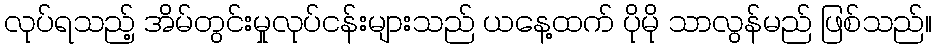
လုပ်ရသည့် အိမ်တွင်းမှုလုပ်ငန်းများသည် ယနေ့ထက် ပိုမို သာလွန်မည် ဖြစ်သည်။